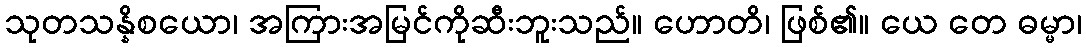
သုတသန္နိစယော၊ အကြားအမြင်ကိုဆီးဘူးသည်။ ဟောတိ၊ ဖြစ်၏။ ယေ တေ ဓမ္မာ၊